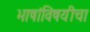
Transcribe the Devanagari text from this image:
भाषांविषयीचा